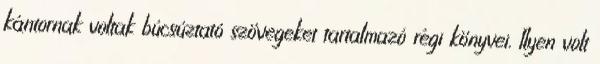
kántornak voltak búcsúztató szövegeket tartalmazó régi könyvei. Ilyen volt